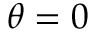
\theta = 0